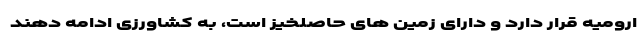
ارومیه قرار دارد و دارای زمین های حاصلخیز است، به کشاورزی ادامه دهند